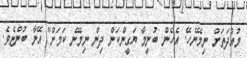
މުއްދަތަށް ނިމޭނެހޭ. އެހެން ބުނީމާ ޔަގީންކަން ދިން ނިމޭނެ ކަމަށް" އޭނާ ބުންޏެވެ.